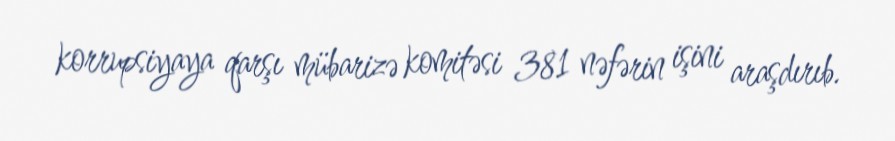
korrupsiyaya qarşı mübarizə komitəsi 381 nəfərin işini araşdırıb.